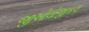
જીઓલોજીકલ